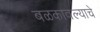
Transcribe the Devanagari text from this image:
बळकावल्याचे